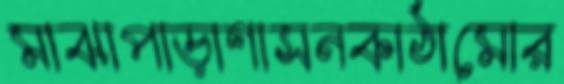
মাঝাপাড়াশাসনকাঠামোর